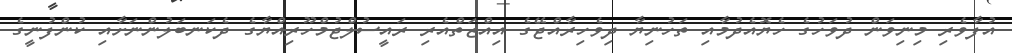
އުފާވެރި މިނިވަން ދުވަހުގެ ހެޔޮއެދުމާއި ތަހުނިޔާ ދިވެހިރާއްޖޭގެ އިއްޒަތްއެރި ރައީސުލްޖުމްހޫރިއްޔާގެ ދެކަނބަލުންނަށާއި ކުންފުނީގެ